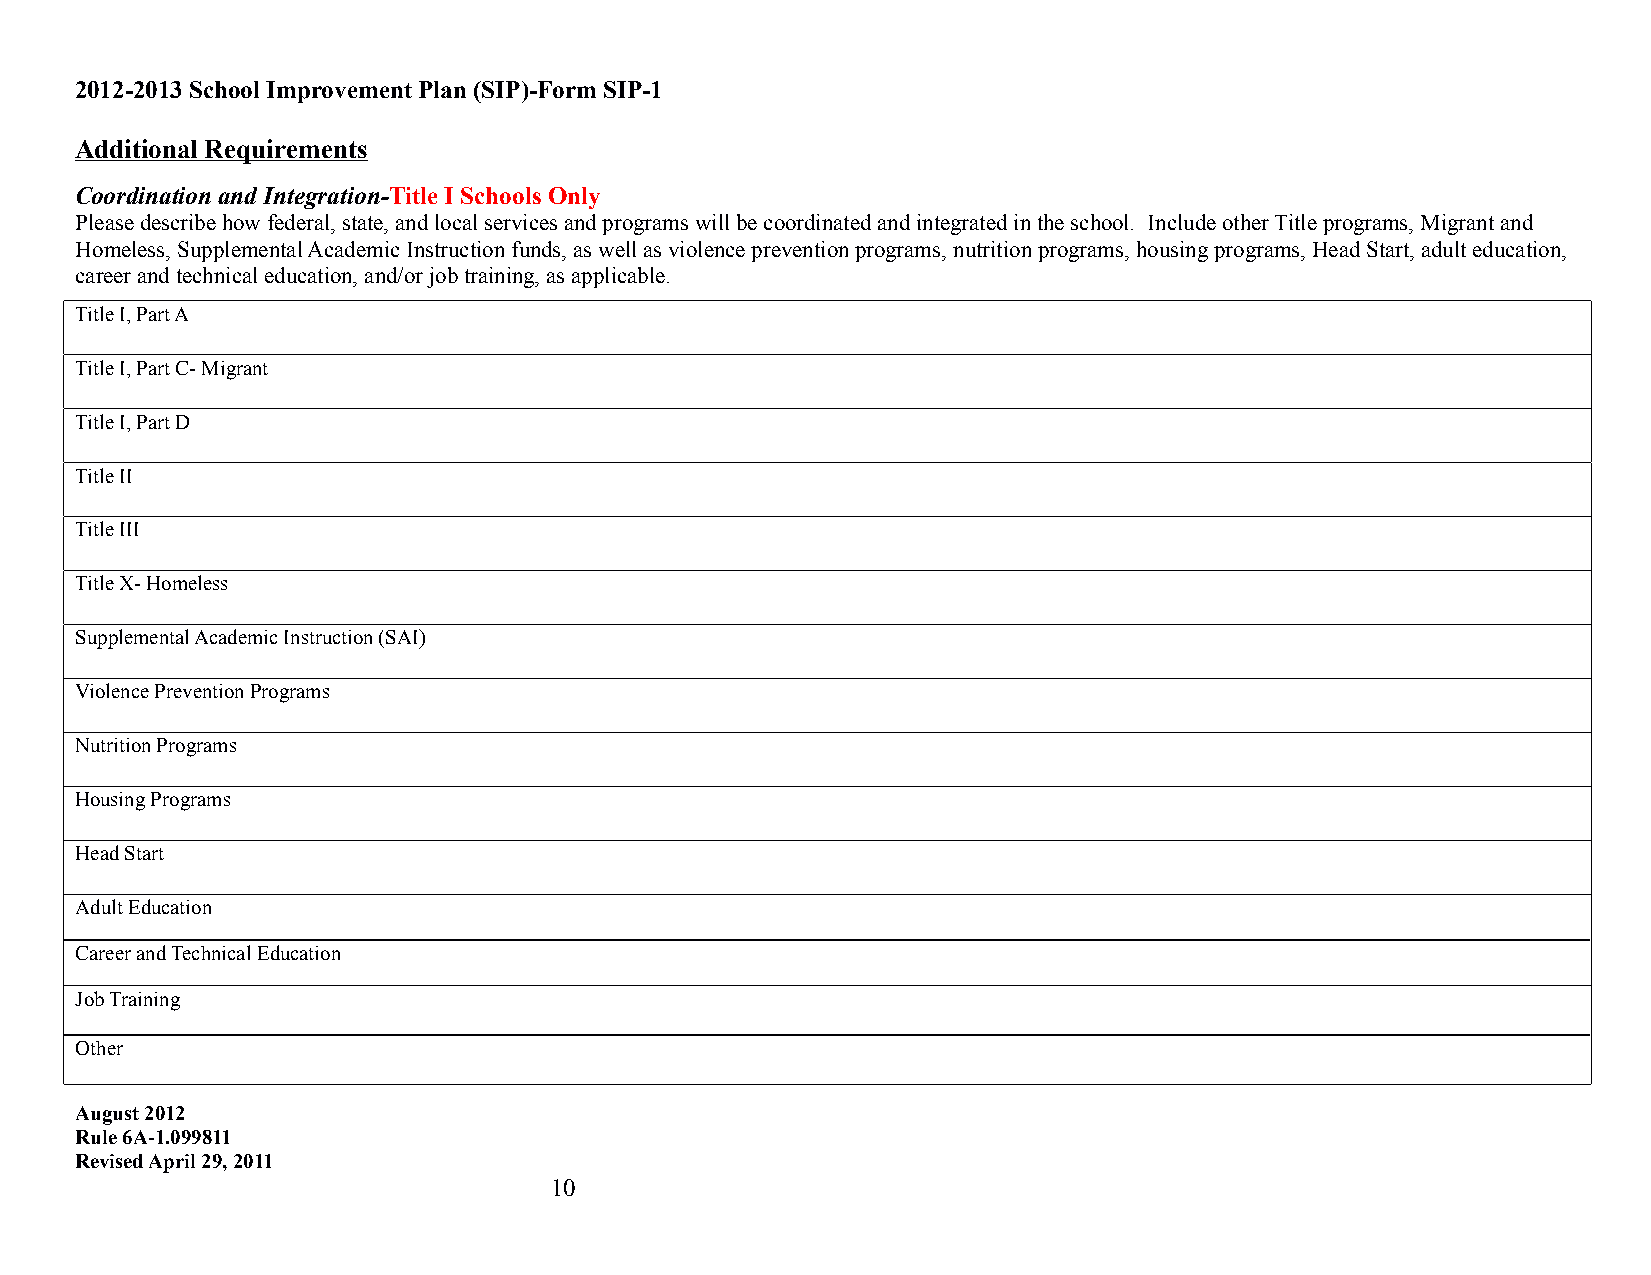
2012-2013 School Improvement Plan (SIP)-Form SIP-1
 Additional Requirements
 Coordination and Integration-Title I Schools Only
 Please describe how federal, state, and local services and programs will be coordinated and integrated in the school. Include other Title programs, Migrant and
 Homeless, Supplemental Academic Instruction funds, as well as violence prevention programs, nutrition programs, housing programs, Head Start, adult education,
 career and technical education, and/or job training, as applicable.
 Title I, Part A
 Title I, Part C- Migrant
 Title I, Part D
 Title II
 Title III
 Title X- Homeless
 Supplemental Academic Instruction (SAI)
 Violence Prevention Programs
 Nutrition Programs
 Housing Programs
 Head Start
 Adult Education
 Career and Technical Education
 Job Training
 Other
 August 2012
 Rule 6A-1.099811
 Revised April 29, 2011
 10